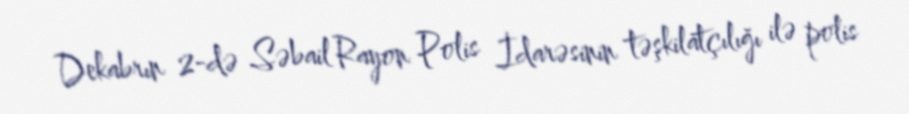
Dekabrın 2-də Səbail Rayon Polis İdarəsinin təşkilatçılığı ilə polis